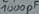
Text: 1000pF